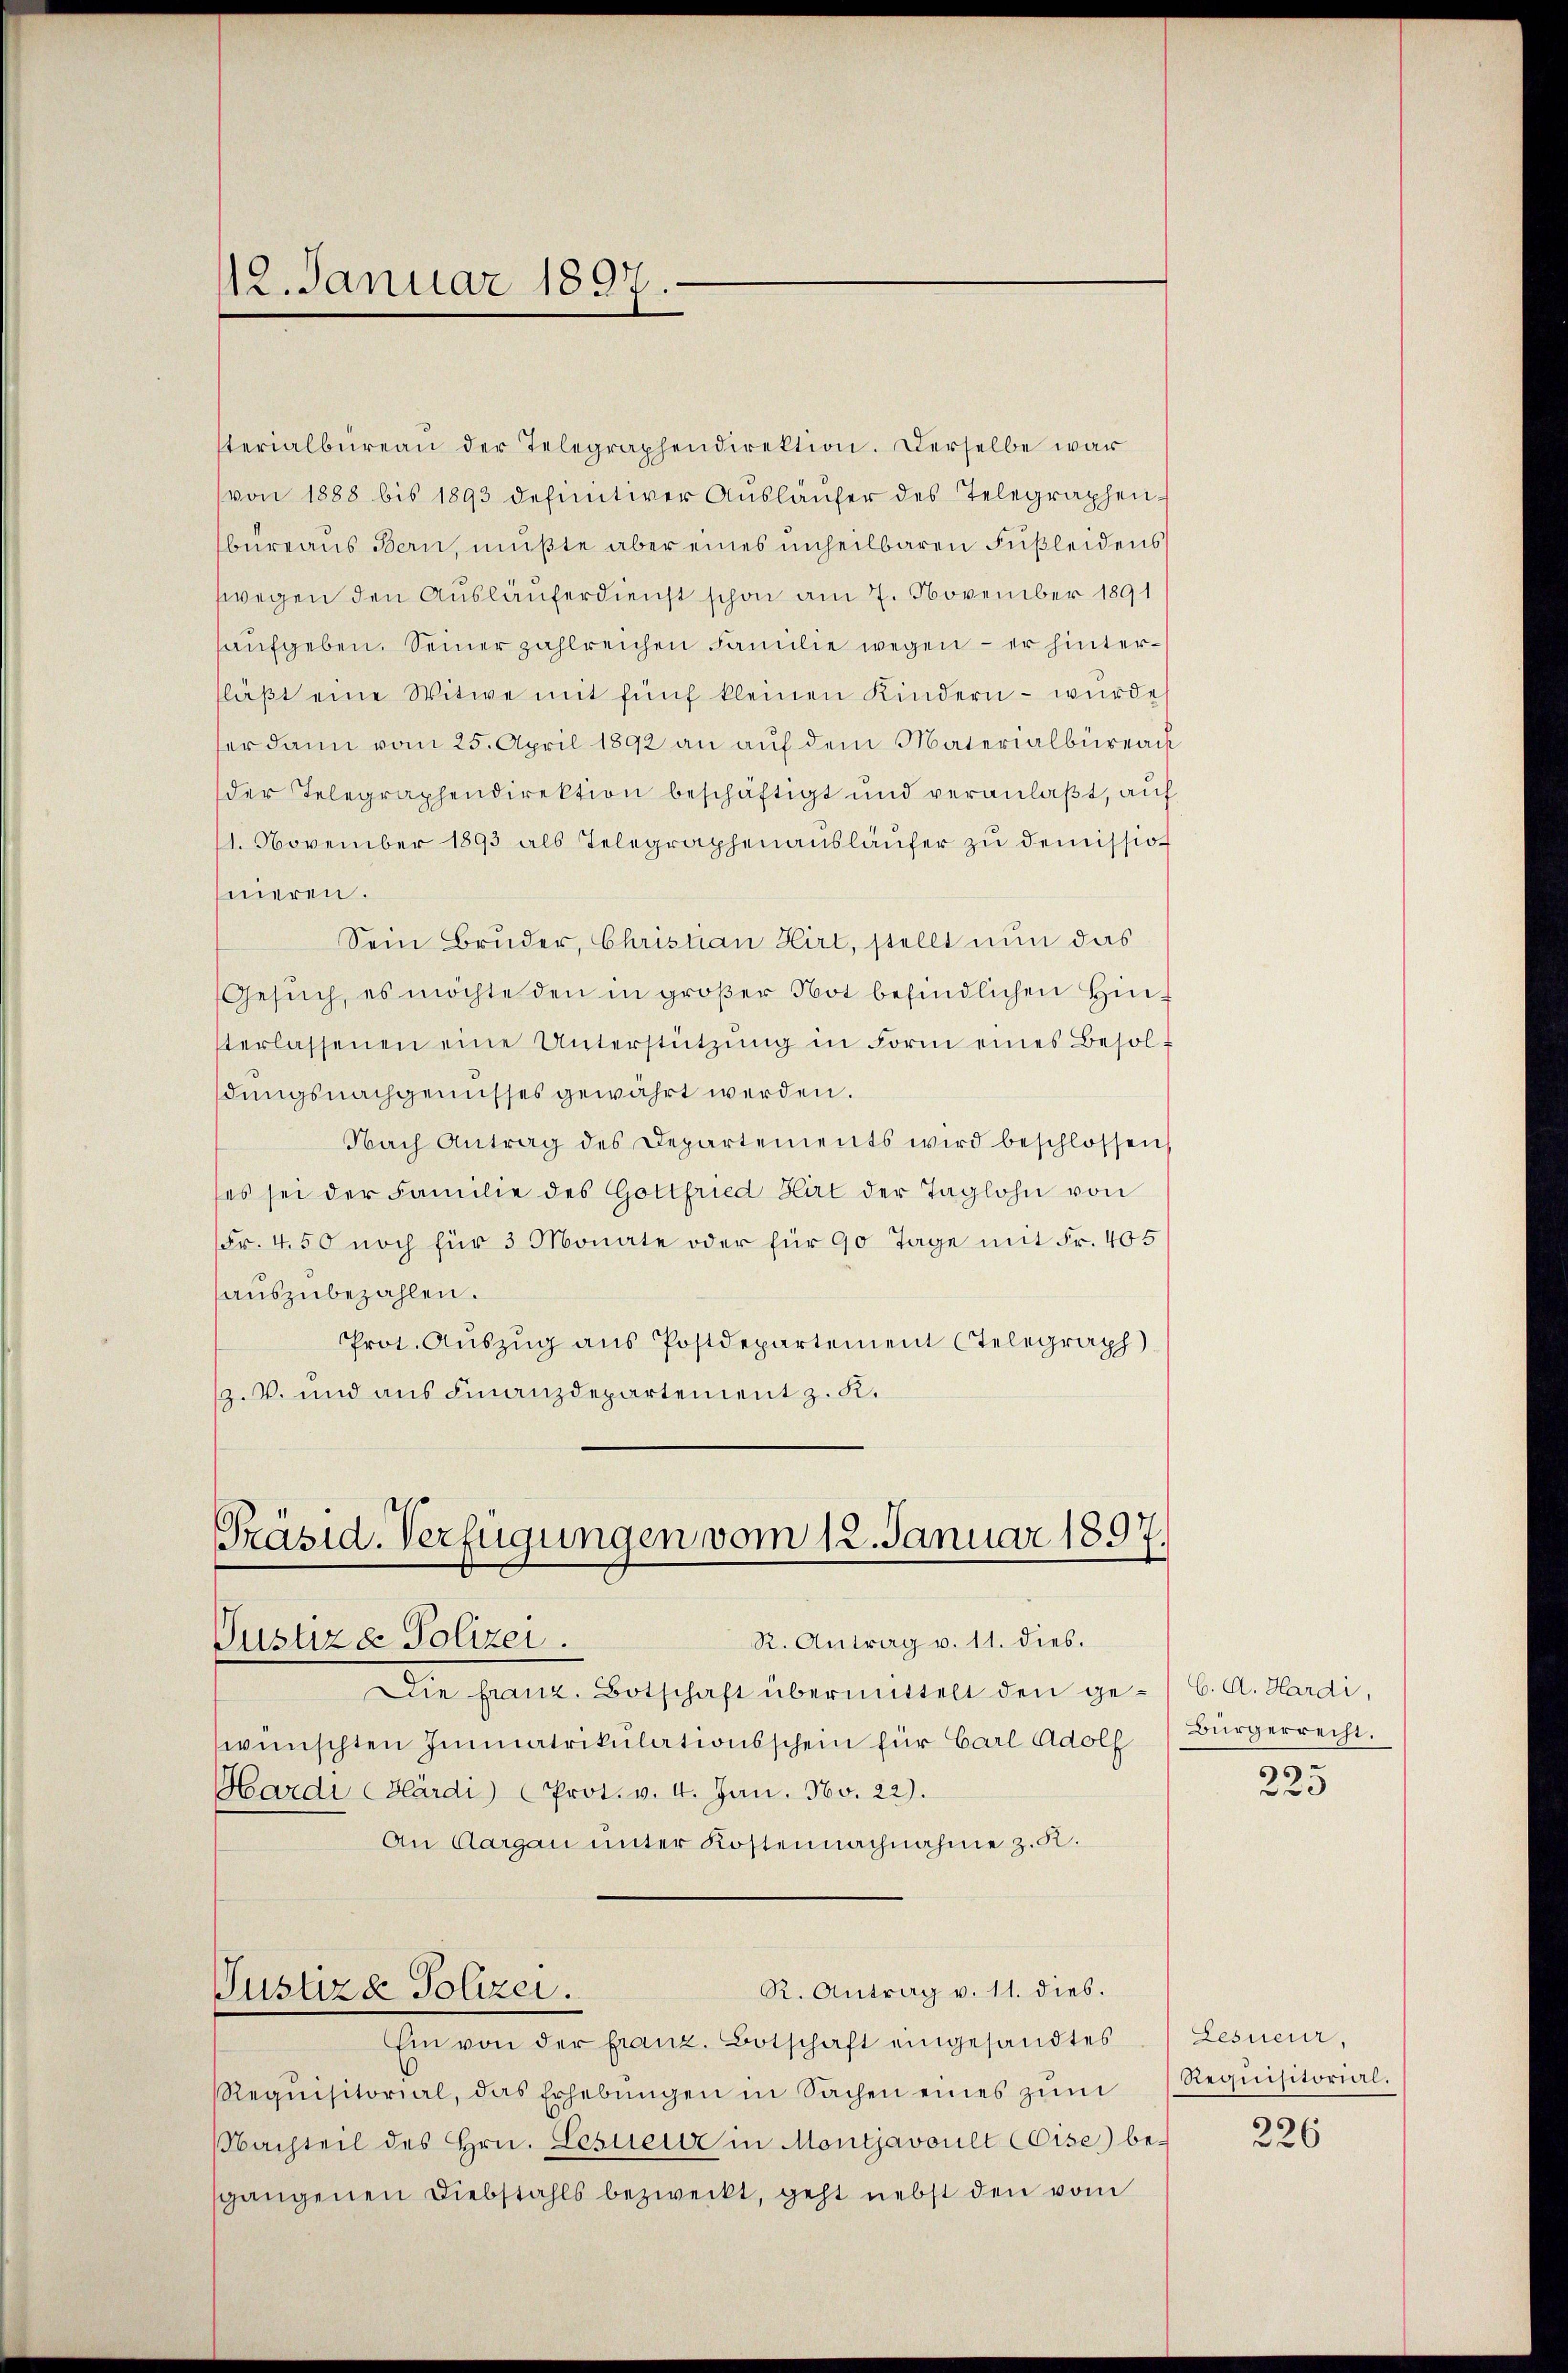
112. Januar 1897.

terialbüreaŭ der Telegraphendirektion. Derselbe war
von 1888 bis 1893 definitiver Aŭsläŭfer des Telegraphen-
bureaus Bern, mußte aber eines unheilbaren Füßleidens
wegen den Ausläuferdienst schon am 7. November 1891
aufgeben. Seiner zahlreichen Familie wegen – er hinterfläβt eine Witwe mit fünf kleinen Kindern - wurde
er dann vom 25. April 1892 an aŭf dem Materialbüreach
der Telegraphendirektion beschäftigt und veranlaßt, auf
11. November 1893 als Telegraphenausläŭfer zu demission
neren.
Sein Bruder, Christian Hirt, stellt nun das
Gesŭch, es möchte den in groβer Not befindlichen Hen-
terlassenen eine Unterstützŭng in Form eines Besoldungsnachgenusses gewährt werden.
Nach Antrag des Departements wird beschlossen,
es sei der Familie des Gottfried Hirt der Taglohn von
Fr. 450 noch für 3 Monate oder für 90 Tage mit Fr. 405
auszubezahlen.
Prot. Auszug aus Postdepartement telegraph
z.V. und aus Finanzdepartement z. K.

Präsid. Verfügungen vom 12. Januar 1897
R. Antrag v. 11. dies.
Justiza Polizei.

Die franz. Botschaft übermittelt den ge- C. A. Hardi,
wünschten Immatrikulationsschein für Carl Adolf
Hardi (Blärdi) Prot. v. 4. Jan. No. 22).
An Aargau unter Kostennachnahme z. R.
R. Antrag v. 11. dies.
Justiza Polizei.
Ein von der franz. Botschaft eingesandtes
Requisitorial, das Erhebŭngen in Sachen eines zŭm
NNachteil des Hrn. Lesueur in Montjavoult CCise) be-
gangenen Diebstahls bezweckt, geht nebst den vom

Bürgerrecht.

225

Lesneur,
Requisitorial.

226